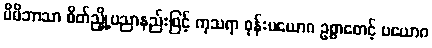
မိမိဘာသာ စိတ်ညှို့ပညာနည်းဖြင့် ကုသရာ စုန်းပယောဂ ဥစ္စာစောင့် ပယောဂ